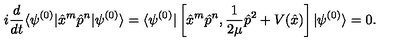
i \frac { d } { d t } \langle \psi ^ { ( 0 ) } | \hat { x } ^ { m } \hat { p } ^ { n } | \psi ^ { ( 0 ) } \rangle = \langle \psi ^ { ( 0 ) } | \left[ \hat { x } ^ { m } \hat { p } ^ { n } , \frac { 1 } { 2 \mu } \hat { p } ^ { 2 } + V ( \hat { x } ) \right] | \psi ^ { ( 0 ) } \rangle = 0 .